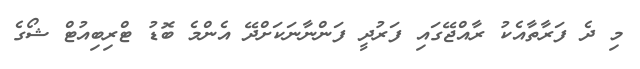
މި ދެ ފަރާތާއެކު ރާއްޖޭގައި ފަރުދީ ފަންނާނަކަށްދޭ އެންމެ ބޮޑު ޓްރިބިއުޓް ޝޯގެ